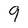
Character: 9